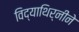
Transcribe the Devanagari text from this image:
विद्याथिर्नीने